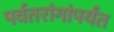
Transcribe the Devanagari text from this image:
पर्वतरांगांपर्यंत